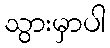
သွားမှာပါ